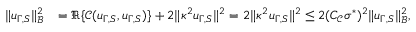
\begin{array} { r l } { \| u _ { \Gamma , S } \| _ { \mathcal { B } } ^ { 2 } } & { = \Re \{ \mathcal { C } ( u _ { \Gamma , S } , u _ { \Gamma , S } ) \} + 2 \| \kappa ^ { 2 } u _ { \Gamma , S } \| ^ { 2 } = 2 \| \kappa ^ { 2 } u _ { \Gamma , S } \| ^ { 2 } \leq 2 ( C _ { \mathcal { C } } \sigma ^ { * } ) ^ { 2 } \| u _ { \Gamma , S } \| _ { \mathcal { B } } ^ { 2 } , } \end{array}